Calcutta medical institutions reports 1892-1900
Year: 1892
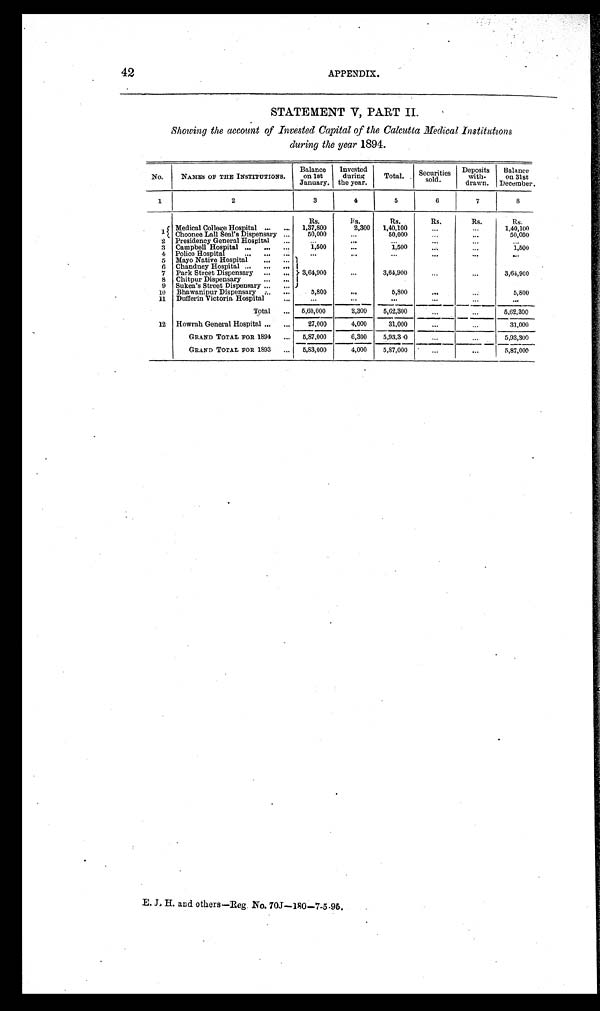
42
APPENDIX.
STATEMENT V, PART II.
Showing the account of Invested Capital of the Calcutta Medical Institutions
during the year 1894.
No.
NAMES OF THE INSTITUTIONS.
Balance
on 1st
January.
Invested
during
the year.
Total.
Securities
sold.
Deposits
with-
drawn.
Balance
on 31st
December.
1
2
3
4
5
6
7
8
Rs.
R s .
Rs.
Rs.
Rs.
Rs.
1
Medical College Hospital . . .
1,37,800
2,300
1,40,100
. . .
. . . 1,40,100
Choonee Lall bears Dispensary . . .
50,000
. . .
50,000
. . .
. . .
50,000
2
Presidency General Hospital . . .
. . .
. . .
. . .
. . .
. . .
. . .
3
Campbell Hospital . . .
1,500
. . .
1,500
. . .
. . .
1,500
4
Police Hospital . . .
. . .
. . .
. . .
. . .
. . .
. . .
5
Mayo Native Hospital . . .
3,64,900
. . . 3,64,900
. . .
. . . 3,64,900
6 Chandney Hospital . . .
7
Park Street Dispensary . . .
8
Chi t pur Di spensar y . . .
9
Sukea's Street Dispensary . . .
10
Bhawanipur Dispensary . . .
5,800
. . .
5,800
. . .
. . .
5,800
11
Dufferin Victoria Hospital . . .
. . .
. . .
. . .
. . .
. . .
. . .
Total . . .
5,60,000
2,300
5,62,300
. . .
. . . 5,62,300
12
Howrah General Hospital . . .
27,000
4,000
31,000
. . .
. . .
31,000
GRAND TOTAL FOR 1894 . . .
5,87,000
6 , 3 0 0
5, 93, 3<i l l egi bl e> 0
. . .
. . . 5,93,300
GRAND TOTAL FOR 1893 . . .
5,S3,000
4,000
5,87,000
. . .
. . .
5,87,000
E. J. H. and others—Reg. No. 70J-180-7-5-95.